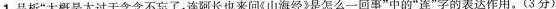
1.品析”大概是太过于念念不忘了，连阿长也来问《山海经》是怎么一回事”中的”连”字的表达作用。(3分)